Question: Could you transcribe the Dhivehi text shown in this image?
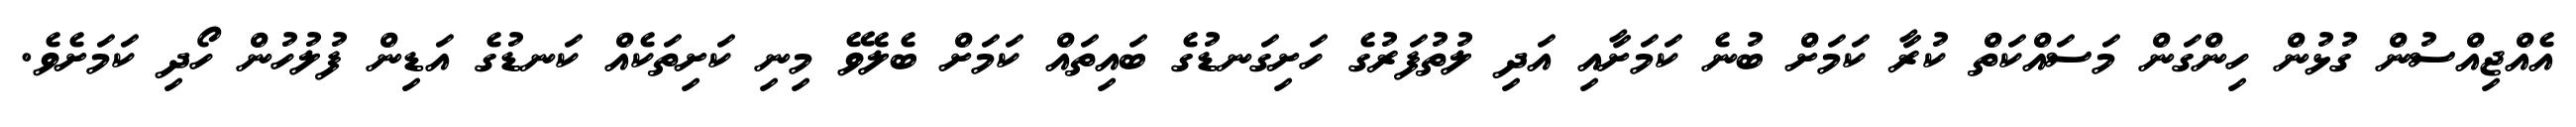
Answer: އެއްޖިއްސުން ގުޅުން ހިންގަން މަސައްކަތް ކުރާ ކަމަށް ބުނެ ކަމަށާއި އަދި ލުތުފަރުގެ ހަށިގަނޑުގެ ބައިތައް ކަމަށް ބެލެވޭ މިނި ކަށިތަކެއް ކަނޑުގެ އަޑިން ފުލުހުން ހޯދި ކަމަށެވެ.